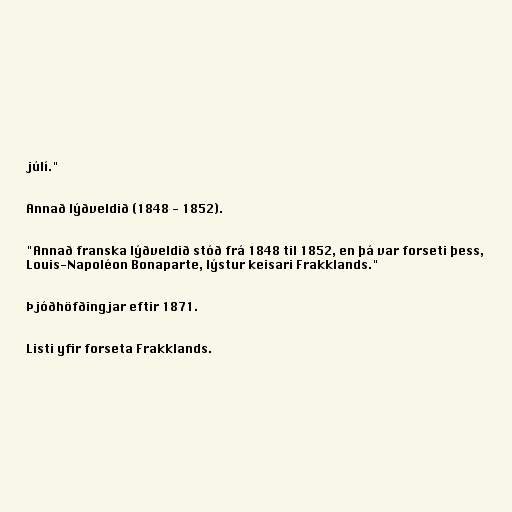
júlí."

Annað lýðveldið (1848 - 1852).

"Annað franska lýðveldið stóð frá 1848 til 1852, en þá var forseti þess,
Louis-Napoléon Bonaparte, lýstur keisari Frakklands."

Þjóðhöfðingjar eftir 1871.

Listi yfir forseta Frakklands.